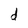
Character: d